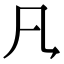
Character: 𪛝